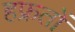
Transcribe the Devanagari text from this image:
हफ्रतों